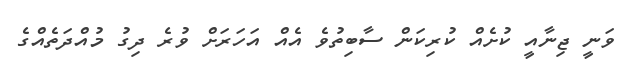
ވަނީ ޖިނާއީ ކުށެއް ކުރިކަން ސާބިތުވެ އެއް އަހަރަށް ވުރެ ދިގު މުއްދަތެއްގެ